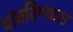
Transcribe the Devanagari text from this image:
थांबविण्यास